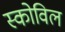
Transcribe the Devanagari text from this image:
स्कोविल